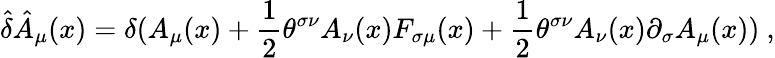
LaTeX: \hat{\delta}\hat{A}_{\mu}(x)=\delta(A_{\mu}(x)+{\frac{1}{2}}\theta^{\sigma\nu}A_{\nu}(x)F_{\sigma\mu}(x)+{\frac{1}{2}}\theta^{\sigma\nu}A_{\nu}(x)\partial_{\sigma}A_{\mu}(x))~,